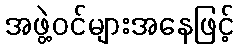
အဖွဲ့ဝင်များအနေဖြင့်